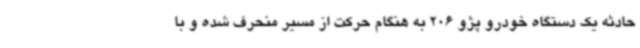
حادثه یک دستگاه خودرو پژو 206 به هنگام حرکت از مسیر منحرف شده و با